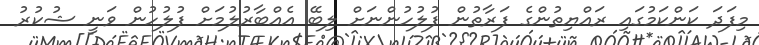
މިފަދަ ކަންކަމުގައި ރައްޔިތުންގެ ފަރާތުން ފުލުހުންނަށް ލިބޭ އެއްބާރުލުމަށް ފުލުހުން ވަނީ ޝުކުރު